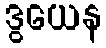
ဒွယေန